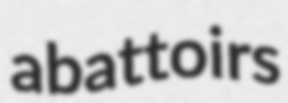
abattoirs